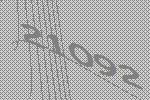
21092